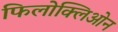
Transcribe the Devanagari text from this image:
फिलोक्लिओन